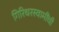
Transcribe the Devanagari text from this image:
गिरिधरस्वामींची